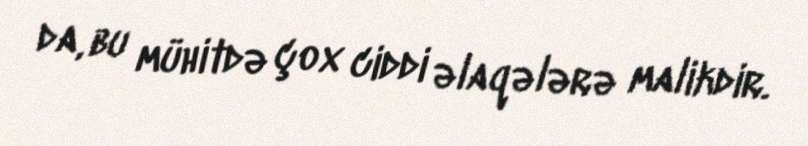
da, bu mühitdə çox ciddi əlaqələrə malikdir.